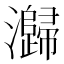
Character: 𭳶